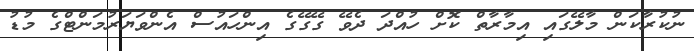
ނުކުރާކަން މާލޭގައި އިމާރާތް ކޮށް ހުއްދަ ދެވޭ ގޭގޭގެ އިންހައުސް އެންވަޔަރުމަންޓްގެ މުޑު